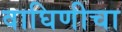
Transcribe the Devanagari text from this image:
वाघिणीचा